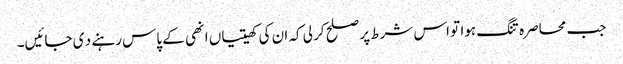
جب محاصرہ تنگ ہوا تو اس شرط پر صلح کر لی کہ ان کی کھیتیاں انھی کے پاس رہنے د ی جائیں۔